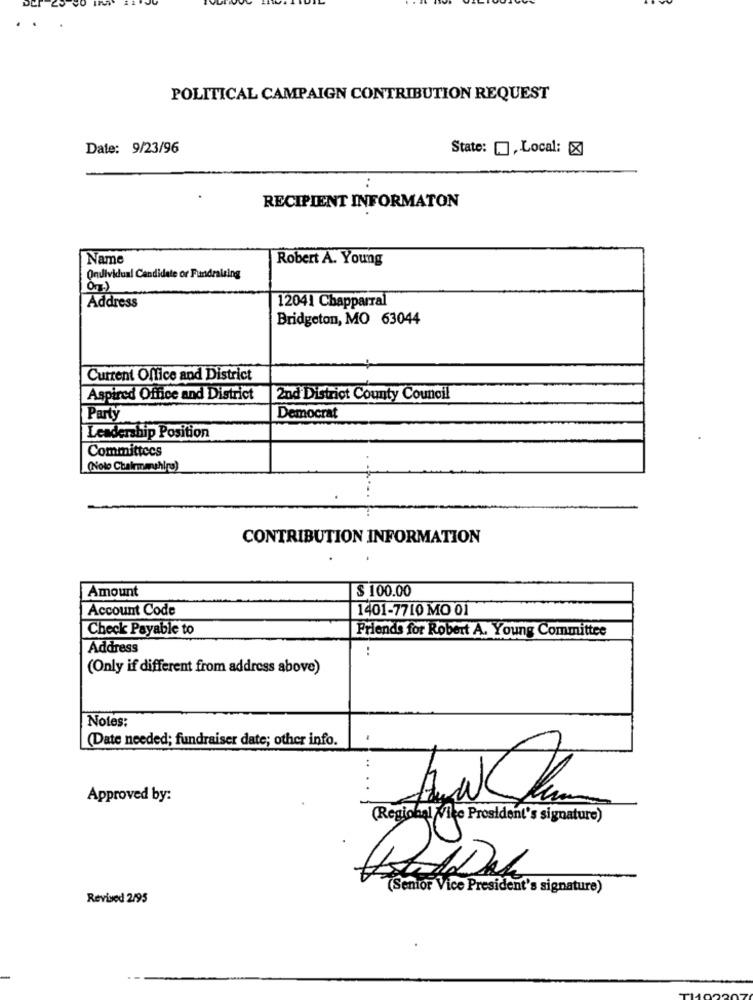
POLITICAL CAMPAIGN CONTRIBUTION REQUEST
Date: 9/23/96
State: [], Local: [X]
RECIPIENT INFORMATON
Name
Robert A. Young
Ondividual Candidate or Fundraising
12041 Chapparral
Address
Bridgeton, MO 63044
Current Office and District
Aspired Office and District
2nd District County Council
Party
Democrat
Leadership Position
Committees
(Noto Chalwashing)
CONTRIBUTION INFORMATION
Amount
$ 100.00
Account Code
1401-7710 MO 01
Check Payable to
Friends for Robert A. Young Committee
Address
(Only if different from address above)
Notes:
(Date needed; fundraiser date; other info.
.
Approved by:
(Regional Vice President's signature)
(Senior Vice President's signature)
Revised 2/95